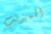
المذنب